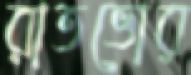
রাতভোর